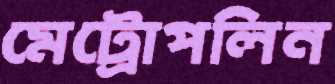
মেট্রোপলিন